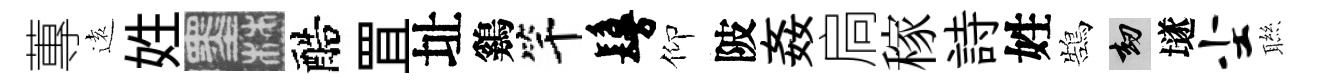
蓴逺姓墨醅罝址鷄竿鬘仰陂姦扃稼詩姓鵠劫𡑞尘聮